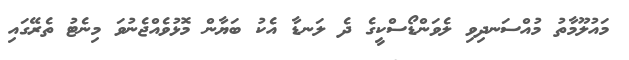
މައުލޫމާތު މުއްސަނދިވި ލެވަންޑޯސްކީގެ ދެ ލަނޑާ އެކު ބަޔާން މޮޅުވެއްޖެނުވަ މިނެޓު ތެރޭގައި